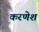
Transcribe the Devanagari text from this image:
करणेश